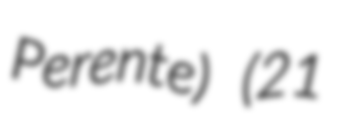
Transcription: Perente) (21